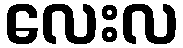
လေးလ